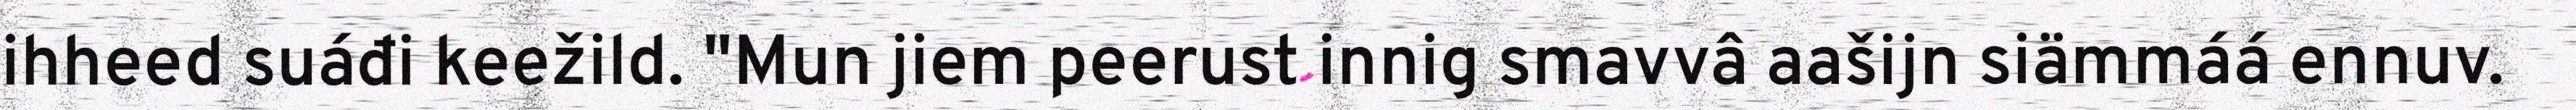
ihheed suáđi keežild. "Mun jiem peerust innig smavvâ aašijn siämmáá ennuv.